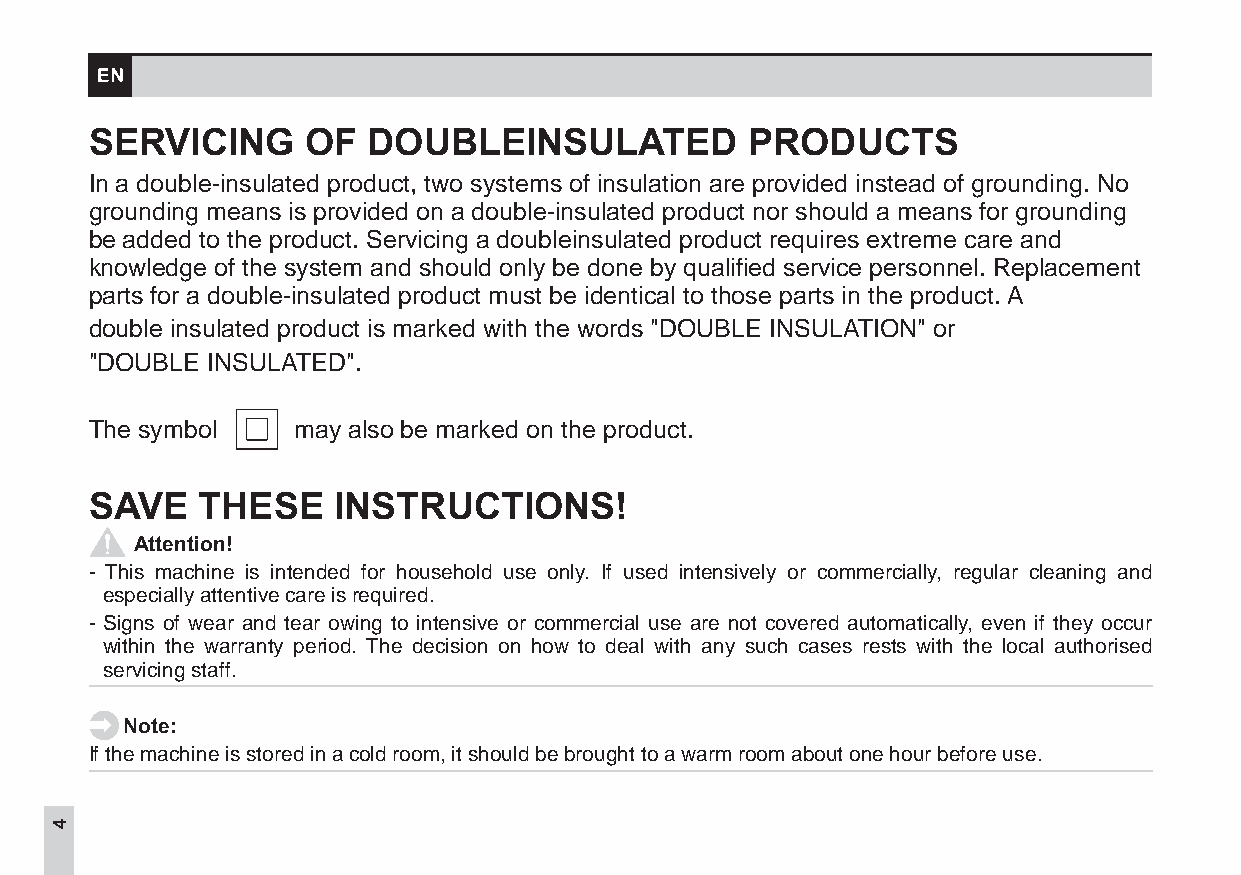
SERVICING     OF  DOUBLEINSULATED          PRODUCTS
 In a double-insulated product, two systems of insulation are provided instead of grounding. No
 grounding means is provided on a double-insulated product nor should a means for grounding
 be added to the product. Servicing a doubleinsulated product requires extreme care and
 knowledge of the system and should only be done by qualified service personnel. Replacement
 parts for a double-insulated product must be identical to those parts in the product.A
 double insulated product is marked with the words "DOUBLE INSULATION" or
 "DOUBLE INSULATED".
 The symbol   may also be marked on the product.
 SAVE   THESE    INSTRUCTIONS!
 Attention!
 - This machine is intended for household use only. If used intensively or commercially, regular cleaning and
 especiallyattentivecareisrequired.
 - Signs of wear and tear owing to intensive or commercial use are not covered automatically, even if they occur
 within the warranty period. The decision on how to deal with any such cases rests with the local authorised
 servicingstaff.
 Note:
 Ifthemachineisstoredinacoldroom,itshouldbebroughttoawarmroomaboutonehourbeforeuse.
 4